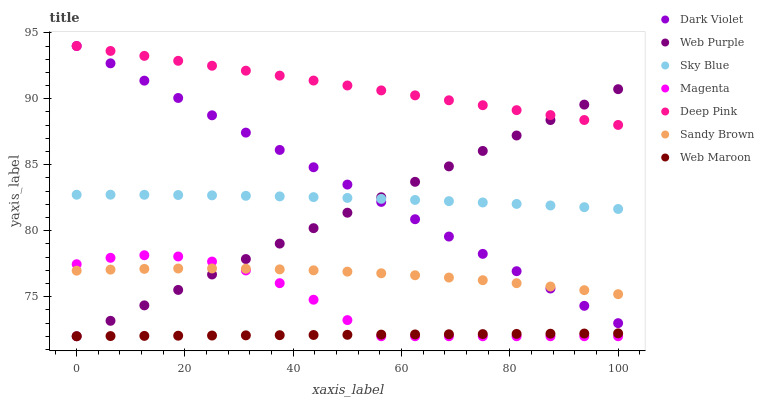
| xaxis_label | Dark Violet | Web Purple | Sky Blue | Magenta | Deep Pink | Sandy Brown | Web Maroon |
 | --- | --- | --- | --- | --- | --- | --- | --- |
 | 0 | 94 | 72 | 82.7 | 77.5 | 94 | 77 | 72 |
 | 6.25 | 92.7 | 73.2 | 82.7 | 77.9 | 93.6 | 77.1 | 72 |
 | 12.5 | 91.4 | 74.3 | 82.7 | 78.1 | 93.3 | 77.1 | 72 |
 | 18.8 | 90.1 | 75.5 | 82.7 | 78 | 92.9 | 77.1 | 72 |
 | 25 | 88.7 | 76.7 | 82.7 | 77.7 | 92.5 | 77.1 | 72.1 |
 | 31.2 | 87.4 | 77.9 | 82.6 | 77 | 92.1 | 77.1 | 72.1 |
 | 37.5 | 86.1 | 79 | 82.6 | 76 | 91.8 | 77.1 | 72.1 |
 | 43.8 | 84.8 | 80.2 | 82.5 | 74.8 | 91.4 | 77 | 72.1 |
 | 50 | 83.5 | 81.4 | 82.5 | 73.2 | 91 | 76.9 | 72.1 |
 | 56.2 | 82.2 | 82.5 | 82.4 | 72 | 90.6 | 76.8 | 72.1 |
 | 62.5 | 80.9 | 83.7 | 82.3 | 72 | 90.3 | 76.6 | 72.1 |
 | 68.8 | 79.6 | 84.9 | 82.2 | 72 | 89.9 | 76.4 | 72.2 |
 | 75 | 78.2 | 86 | 82.1 | 72 | 89.5 | 76.2 | 72.2 |
 | 81.2 | 76.9 | 87.2 | 82 | 72 | 89.1 | 76 | 72.2 |
 | 87.5 | 75.6 | 88.4 | 81.9 | 72 | 88.8 | 75.8 | 72.2 |
 | 93.8 | 74.3 | 89.6 | 81.8 | 72 | 88.4 | 75.5 | 72.2 |
 | 100 | 73 | 90.7 | 81.6 | 72 | 88 | 75.2 | 72.2 |